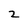
Character: 2